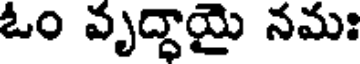
ఓం వృద్ధాయై నమః